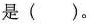
是( )。